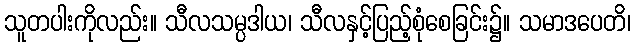
သူတပါးကိုလည်း။ သီလသမ္ပဒါယ၊ သီလနှင့်ပြည့်စုံစေခြင်း၌။ သမာဒပေတိ၊